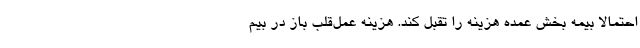
احتمالا بیمه بخش عمده هزینه را تقبل کند. هزینه عمل‌قلب باز در بیم